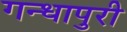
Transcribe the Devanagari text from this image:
गन्धापुरी